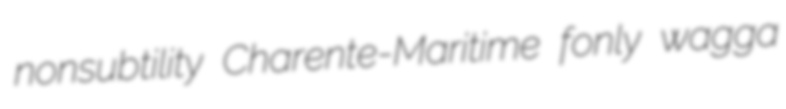
nonsubtility Charente-Maritime fonly wagga